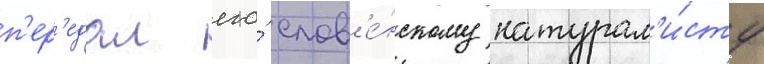
п'ер'едал его́ слов'е́нскому натурал'и́сту